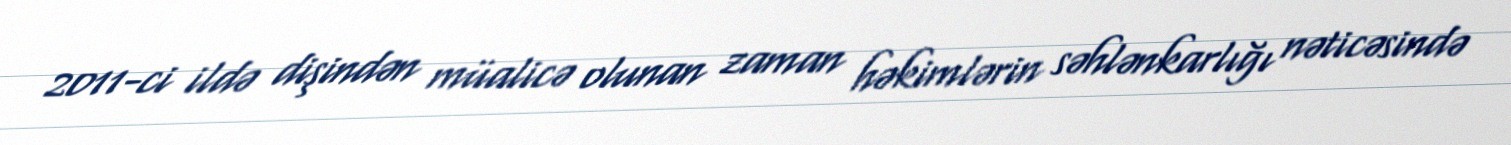
2011-ci ildə dişindən müalicə olunan zaman həkimlərin səhlənkarlığı nəticəsində